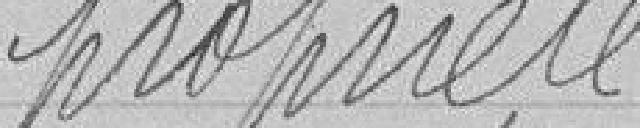
propriété.